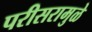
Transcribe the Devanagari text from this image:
परीसरामुळे